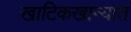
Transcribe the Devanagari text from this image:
खाटिकखान्यात